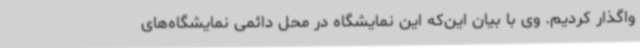
واگذار کردیم. وی با بیان این‌که این نمایشگاه در محل دائمی نمایشگاه‌های